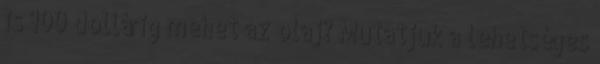
is 100 dollárig mehet az olaj? Mutatjuk a lehetséges